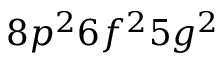
8 p ^ { 2 } 6 f ^ { 2 } 5 g ^ { 2 }